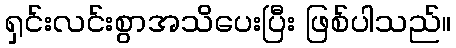
ရှင်းလင်းစွာအသိပေးပြီး ဖြစ်ပါသည်။